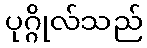
ပုဂ္ဂိုလ်သည်